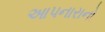
આપનારાનો